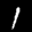
Label: 1